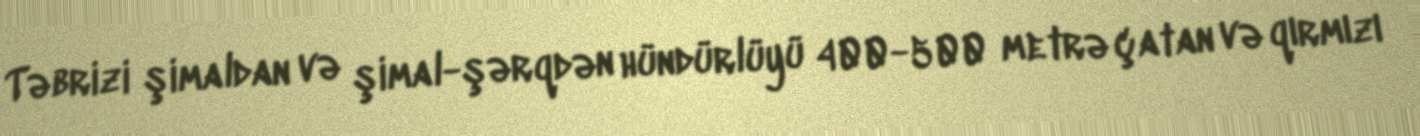
Təbrizi şimaldan və şimal-şərqdən hündürlüyü 400-500 metrə çatan və qırmızı